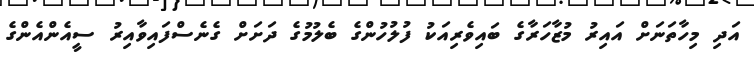
އަދި މިހާތަނަށް އައިރު މުޒާހަރާގެ ބައިވެރިއަކު ފުލުހުންގެ ބެލުމުގެ ދަށަށް ގެނެސްފައިވާއިރު ސީއެންއެންގެ